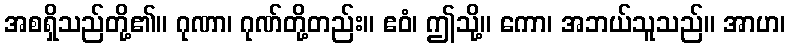
အစရှိသည်တို့၏။ ဂုဏာ၊ ဂုဏ်တို့တည်း။ ဧဝံ၊ ဤသို့။ ကော၊ အဘယ်သူသည်။ အာဟ၊